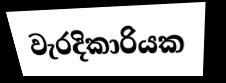
වැරදිකාරියක